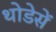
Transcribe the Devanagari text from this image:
थोडेसें